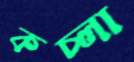
কচ্‌লা